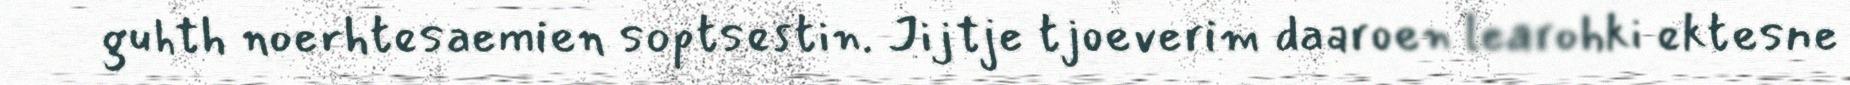
guhth noerhtesaemien soptsestin. Jijtje tjoeverim daaroen learohki ektesne